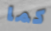
كما